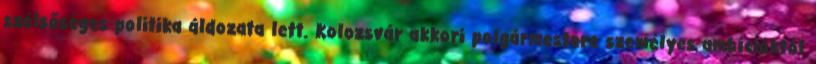
szélsőséges politika áldozata lett. Kolozsvár akkori polgármestere személyes ambícióktól